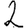
Digit: 2